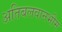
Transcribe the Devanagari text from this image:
अतिबलवानभीम